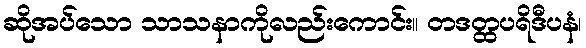
ဆိုအပ်သော သာသနာကိုလည်းကောင်း။ တဒတ္ထပရိဒီပနံ၊